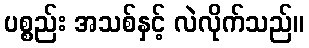
ပစ္စည်း အသစ်နှင့် လဲလိုက်သည်။